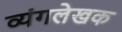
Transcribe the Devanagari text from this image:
व्यंगलेखक